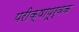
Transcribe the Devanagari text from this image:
परीक्षापूर्वक